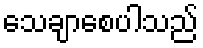
သေချာစေပါသည်